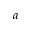
_ a